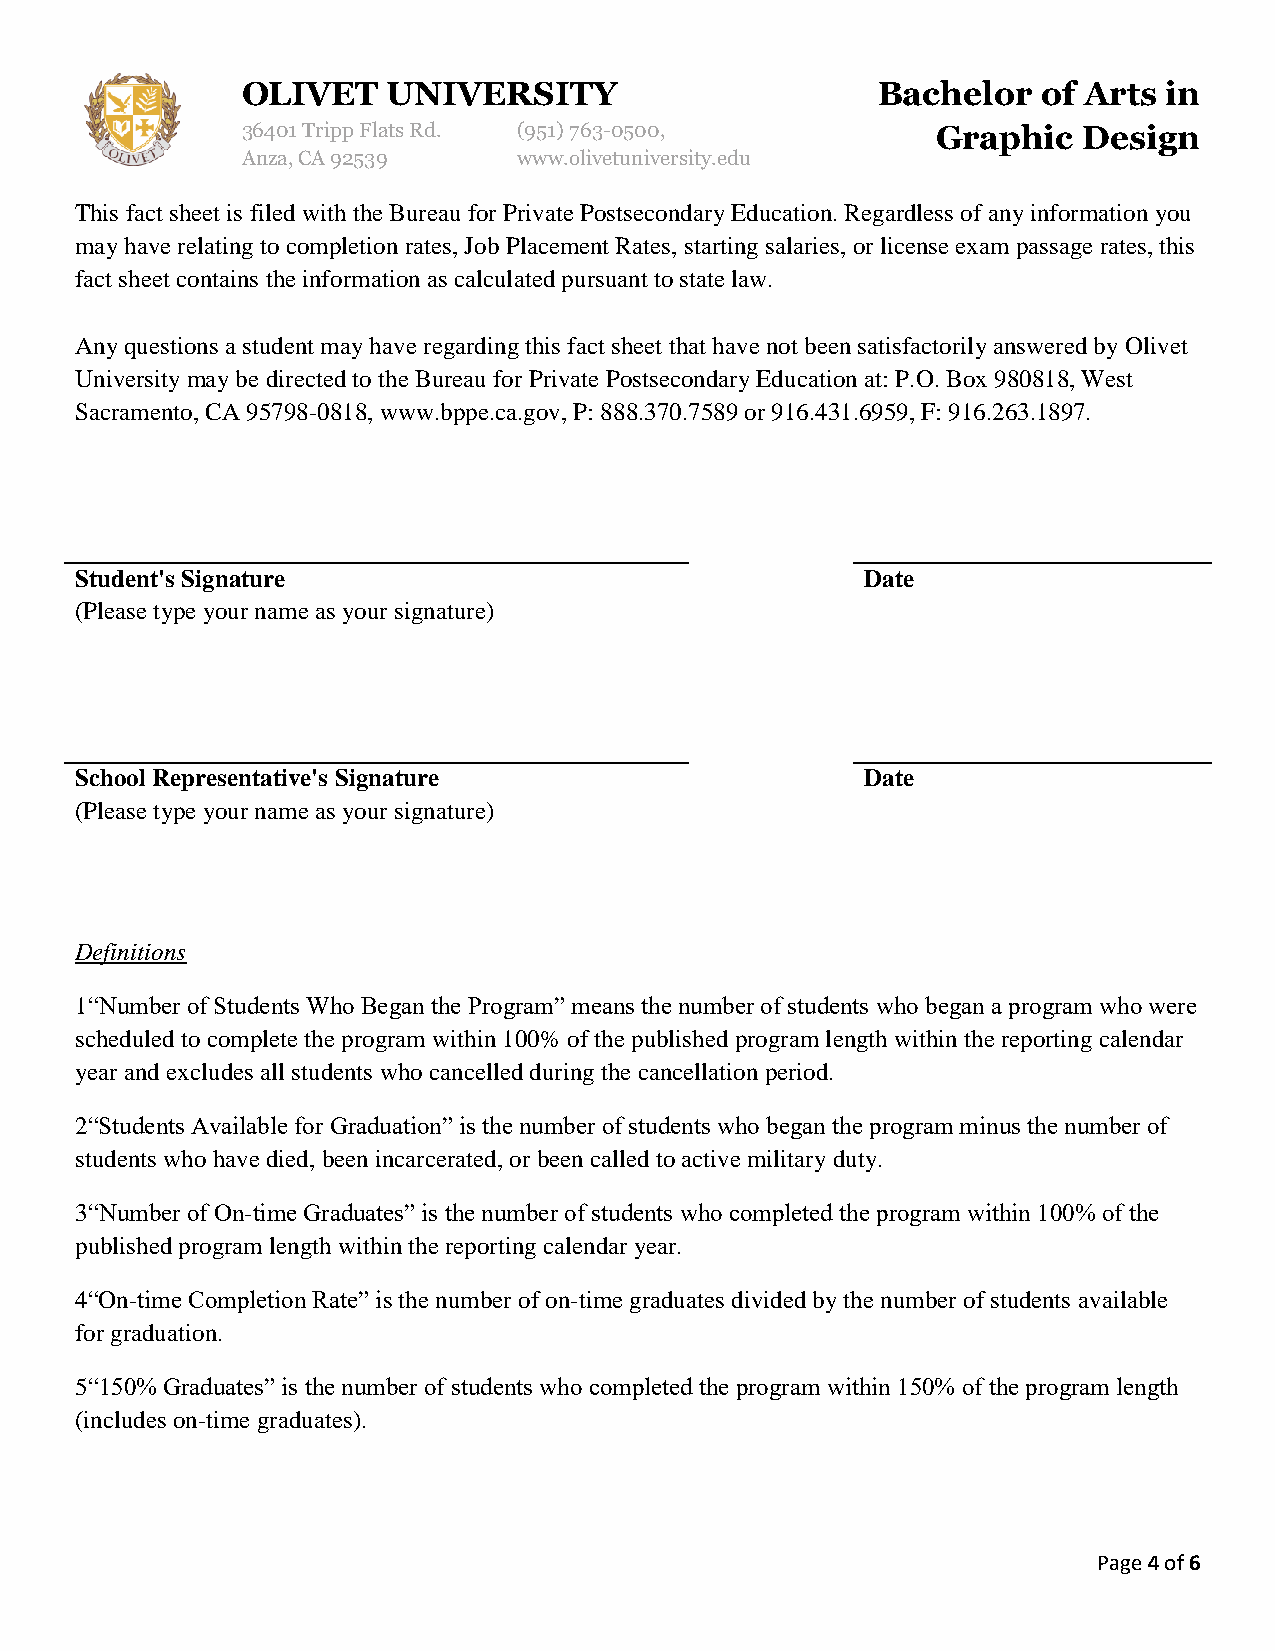
OLIVET    UNIVERSITY                      Bachelor   of Arts in
 36401 Tripp Flats Rd. (951)763-0500,          Graphic   Design
 Anza, CA 92539    www.olivetuniversity.edu
 This fact sheet is filed with the Bureau for Private Postsecondary Education. Regardless of any information you
 may have relating to completion rates, Job Placement Rates, starting salaries, or license exam passage rates, this
 fact sheet contains the information as calculated pursuant to state law.
 Any questions a student may have regarding this fact sheet that have not been satisfactorily answered by Olivet
 University may be directed to the Bureau for Private Postsecondary Education at: P.O. Box 980818, West
 Sacramento, CA 95798-0818, www.bppe.ca.gov, P: 888.370.7589 or 916.431.6959, F: 916.263.1897.
 Student's Signature                                 Date
 (Please type your name as your signature)
 School Representative's Signature                   Date
 (Please type your name as your signature)
 Definitions
 1“Number of Students Who Began the Program” means the number of students who began a program who were
 scheduled to complete the program within 100% of the published program length within the reporting calendar
 year and excludes all students who cancelled during the cancellation period.
 2“Students Available for Graduation” is the number of students who began the program minus the number of
 students who have died, been incarcerated, or been called to active military duty.
 3“Number of On-time Graduates” is the number of students who completed the program within 100% of the
 published program length within the reporting calendar year.
 4“On-time Completion Rate” is the number of on-time graduates divided by the number of students available
 for graduation.
 5“150% Graduates” is the number of students who completed the program within 150% of the program length
 (includes on-time graduates).
 Page 4 of 6